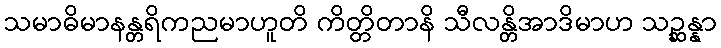
သမာဓိမာနန္တရိကညမာဟူတိ ကိတ္တိတာနိ သီလန္တိအာဒိမာဟ သဉ္ဆန္နာ